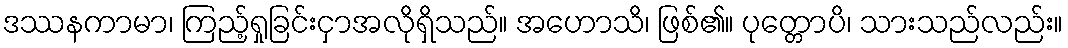
ဒဿနကာမာ၊ ကြည့်ရှုခြင်းငှာအလိုရှိသည်။ အဟောသိ၊ ဖြစ်၏။ ပုတ္တောပိ၊ သားသည်လည်း။